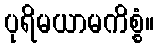
ပုရိမယာမကိစ္စံ။